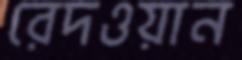
রেদওয়ান